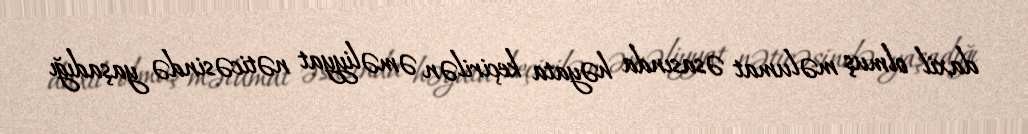
daxil olmuş məlumat əsasında həyata keçirilən əməliyyat nəticəsində yaşadığı